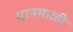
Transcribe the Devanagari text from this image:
पानमाळी